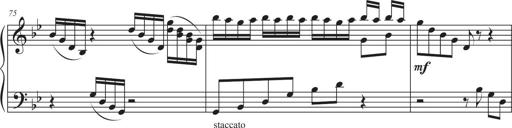
Title: Sonatina Espania
Composer: Jerald Franklin Archer
Key: Various